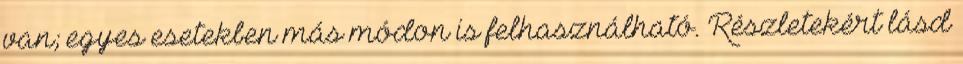
van; egyes esetekben más módon is felhasználható. Részletekért lásd